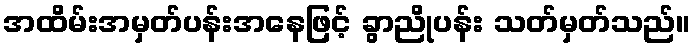
အထိမ်းအမှတ်ပန်းအနေဖြင့် ခွာညိုပန်း သတ်မှတ်သည်။